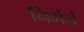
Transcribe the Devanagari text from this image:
निर्भयं